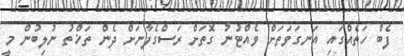
ފެބް ހަތެއްގައި އަނގަވަތަށް ވެއްޓުނު ގޮތަށް ރަސްގެފާނަށް ދެން ތަޚްތު ނުލިބުން މީ